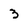
Character: 3